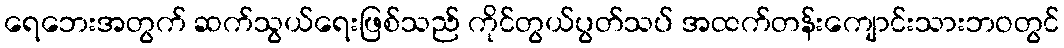
ရေဘေးအတွက် ဆက်သွယ်ရေးဖြစ်သည် ကိုင်တွယ်ပွတ်သပ် အထက်တန်းကျောင်းသားဘဝတွင်